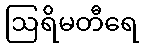
ဩရိမတီရေ